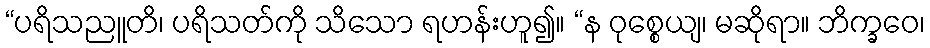
“ပရိသညူတိ၊ ပရိသတ်ကို သိသော ရဟန်းဟူ၍။ “န ဝုစ္စေယျ၊ မဆိုရာ။ ဘိက္ခဝေ၊